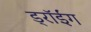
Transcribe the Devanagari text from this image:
ड्रॉईंग